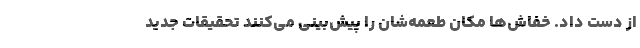
از دست داد. خفاش‌ها مکان طعمه‌شان را پیش‌بینی می‌کنند تحقیقات جدید